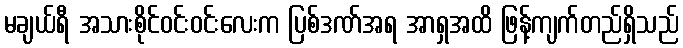
မချယ်ရီ အသားစိုင်ဝင်းဝင်းလေးက ပြစ်ဒဏ်အရ အာရှအထိ ဖြန့်ကျက်တည်ရှိသည်